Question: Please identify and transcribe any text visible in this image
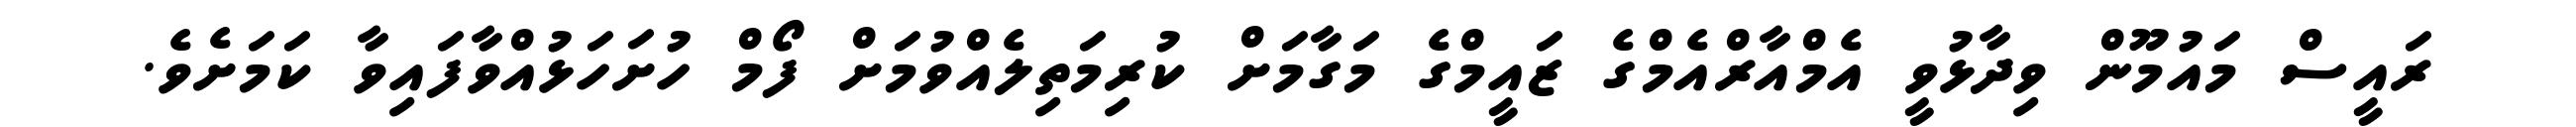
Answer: ރައީސް މައުމޫން ވިދާޅުވީ އެމްއާރްއެމްގެ ޒައީމްގެ މަގާމަށް ކުރިމަތިލެއްވުމަށް ފޯމް ހުށަހަޅުއްވާފައިވާ ކަމަށެވެ.